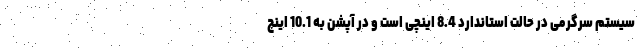
سیستم سرگرمی در حالت استاندارد 8.4 اینچی است و در آپشن به 10.1 اینچ